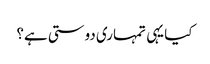
کیا یہی تمہاری دوستی ہے؟